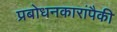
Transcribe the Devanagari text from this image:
प्रबोधनकारांपैकी